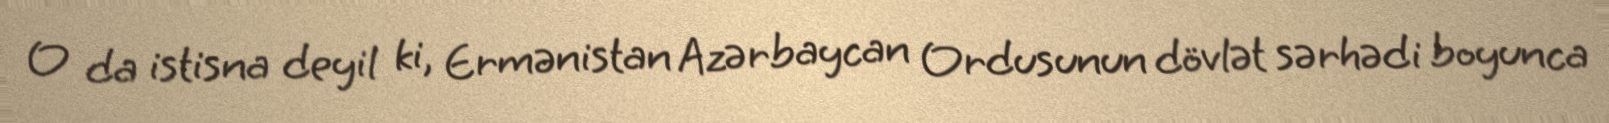
O da istisna deyil ki, Ermənistan Azərbaycan Ordusunun dövlət sərhədi boyunca